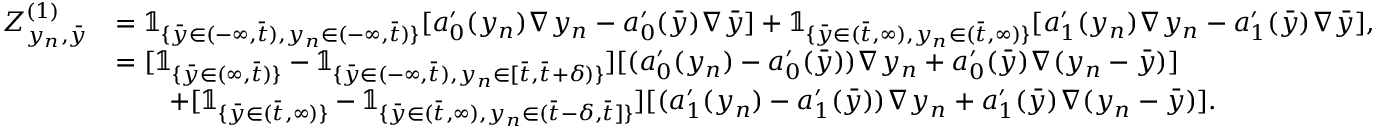
\begin{array} { r l } { Z _ { y _ { n } , \bar { y } } ^ { ( 1 ) } } & { = \mathbb { 1 } _ { \{ \bar { y } \in ( - \infty , \bar { t } ) , y _ { n } \in ( - \infty , \bar { t } ) \} } [ a _ { 0 } ^ { \prime } ( y _ { n } ) \nabla y _ { n } - a _ { 0 } ^ { \prime } ( \bar { y } ) \nabla \bar { y } ] + \mathbb { 1 } _ { \{ \bar { y } \in ( \bar { t } , \infty ) , y _ { n } \in ( \bar { t } , \infty ) \} } [ a _ { 1 } ^ { \prime } ( y _ { n } ) \nabla y _ { n } - a _ { 1 } ^ { \prime } ( \bar { y } ) \nabla \bar { y } ] , } \\ & { = [ \mathbb { 1 } _ { \{ \bar { y } \in ( \infty , \bar { t } ) \} } - \mathbb { 1 } _ { \{ \bar { y } \in ( - \infty , \bar { t } ) , y _ { n } \in [ \bar { t } , \bar { t } + \delta ) \} } ] [ ( a _ { 0 } ^ { \prime } ( y _ { n } ) - a _ { 0 } ^ { \prime } ( \bar { y } ) ) \nabla y _ { n } + a _ { 0 } ^ { \prime } ( \bar { y } ) \nabla ( y _ { n } - \bar { y } ) ] } \\ & { \qquad + [ \mathbb { 1 } _ { \{ \bar { y } \in ( \bar { t } , \infty ) \} } - \mathbb { 1 } _ { \{ \bar { y } \in ( \bar { t } , \infty ) , y _ { n } \in ( \bar { t } - \delta , \bar { t } ] \} } ] [ ( a _ { 1 } ^ { \prime } ( y _ { n } ) - a _ { 1 } ^ { \prime } ( \bar { y } ) ) \nabla y _ { n } + a _ { 1 } ^ { \prime } ( \bar { y } ) \nabla ( y _ { n } - \bar { y } ) ] . } \end{array}